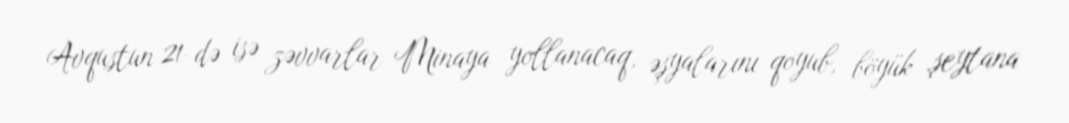
Avqustun 21-də isə zəvvarlar Minaya yollanacaq, əşyalarını qoyub, böyük şeytana